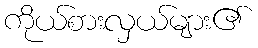
ကိုယ်စားလှယ်များ၏